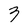
Character: 3